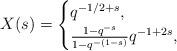
LaTeX: \begin{align*} X(s)= \begin{cases} q^{-1/2+s}, & \\ \frac{1-q^{-s}} {1-q^{-(1-s)}}q^{-1+2s}, & \\ \end{cases}\end{align*}